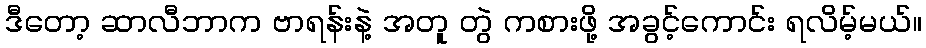
ဒီတော့ ဆာလီဘာက ဗာရန်းနဲ့ အတူ တွဲ ကစားဖို့ အခွင့်ကောင်း ရလိမ့်မယ်။